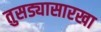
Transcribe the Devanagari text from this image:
तुसड्यासारखा